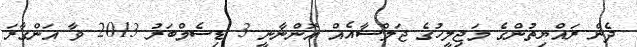
ދެން ރައްޔިތުންގެ މަޖިލީހުގެ ޖަލްސާއެއް އޮންނާނީ 3 ޑިސެމްބަރު 2013 ވާ އަންގާރަ